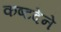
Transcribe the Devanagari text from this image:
कष्टदेने